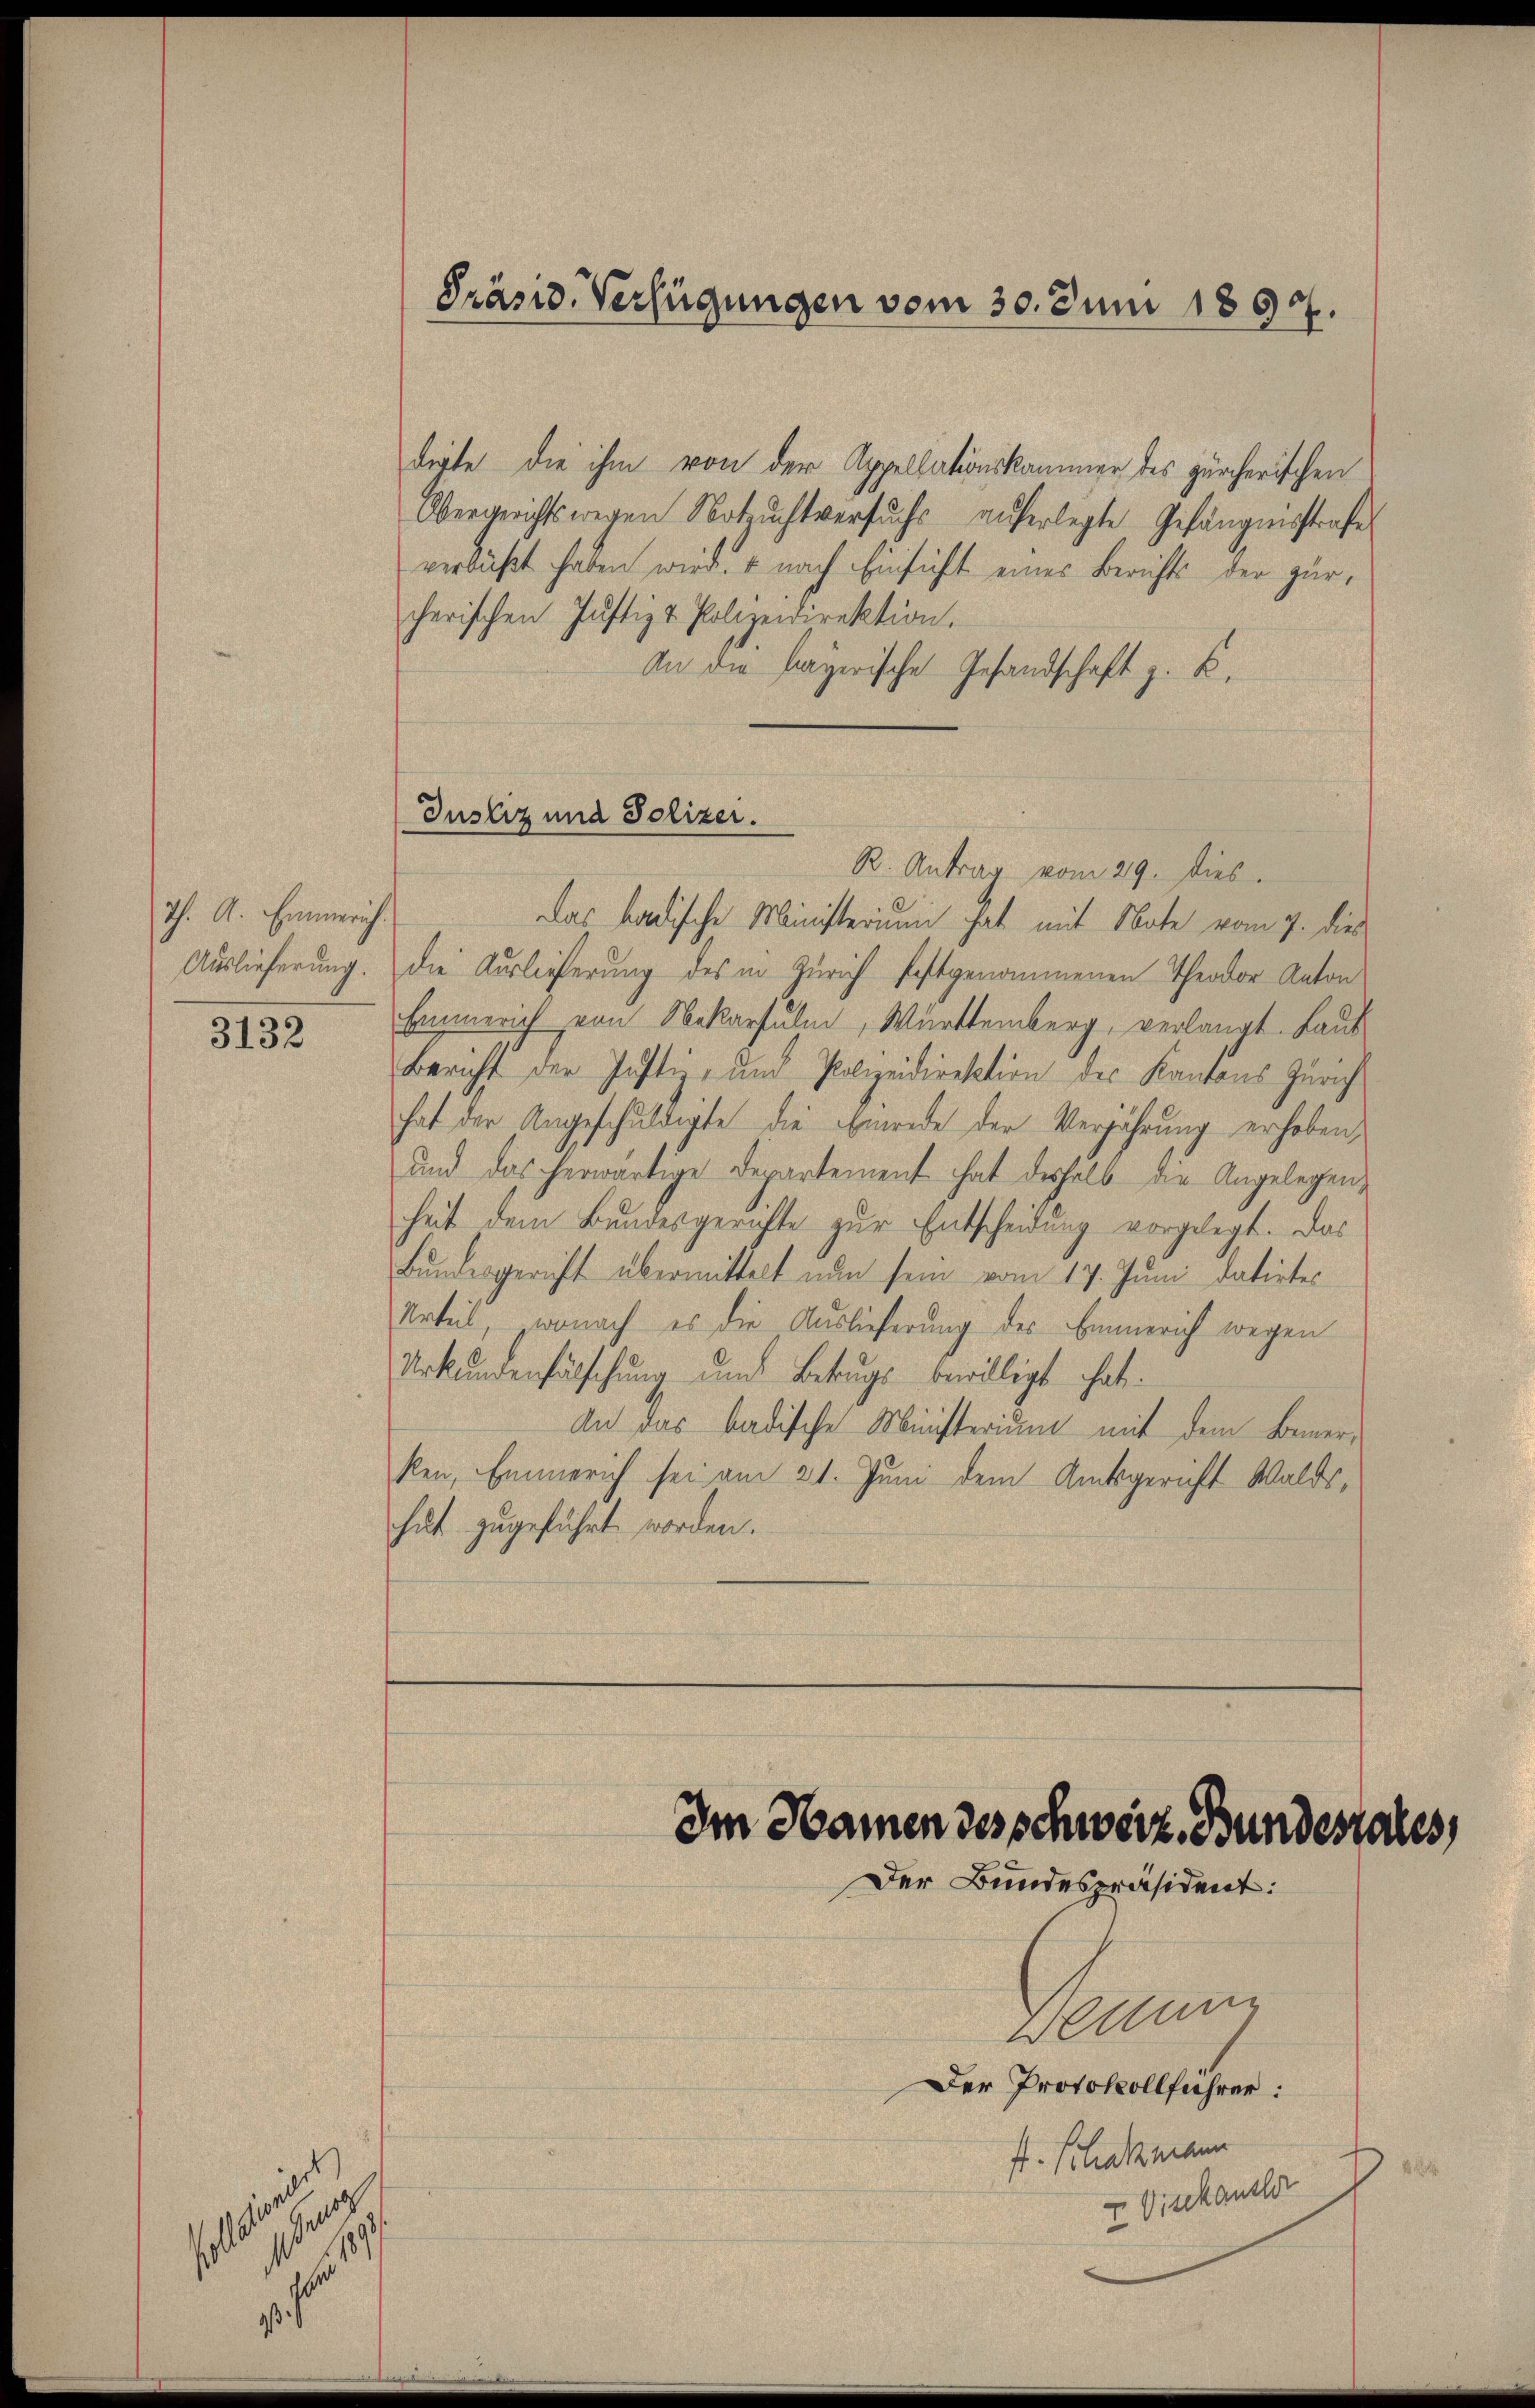
Th. A. Emmerich.
3132

h
Nr. 189
s

e

Präsid. Verfügungen vom 30. Juni 1892.

dirte die ihm von der Appellationskammer des zürcherischen
Obergerichtswegen Notzuchtversuchs auferlegte Gefängnisstrafe
verbüßt haben wird. + nach Einsicht eines Berichts der zürcherischen Justiz & Polizeidirektion.
An die bayerische Gesandschaft z. K.

Justiz und Polizei.
R. Antrag vom 29. dies

Das badische Ministerium hat mit Note vom 7. dies
Auslieferung. Die Auslieferung des in Zürich festgenommenen Theodor Anton
Eimerich von Nekarfulm, Württemberg, verlangt. Laut
Bericht der Justiz- und Polizeidirektion des Kantons Zürich
hat der Angeschuldigte die Einrede der Verjährung erhoben,
und das herwärtige Departement hat deshalb die Angelegen-
heit dem Bundesgerichte zur Entscheidung vorgelegt. Das
Bundesgericht übermittelt nun sein vom 17. Juni datirtes
Urteil, wonach es die Auslieferung des Emmerich wegen
Urkŭndenfälschŭng und Betrugs bewilligt hat.
An das badische Ministerium mit dem Bemerken, Emmerich sei am 21. Juni dem Amtsgericht Waldshut zugeführt worden.

Im Namen des schweiz. Bundesrates,
Der Bundespräsident:

wetten
Der Protokollführer:
ft. Schatzmann
E. Viskanzler

3